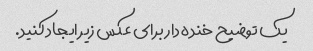
یک توضیح خنده دار برای عکس زیر ایجاد کنید.